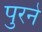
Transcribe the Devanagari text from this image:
पुरने